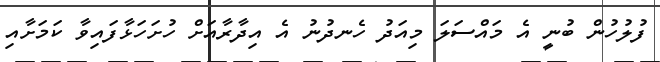
ފުލުހުން ބުނީ އެ މައްސަލަ މިއަދު ހެނދުނު އެ އިދާރާއަށް ހުށަހަޅާފައިވާ ކަމަށާއި